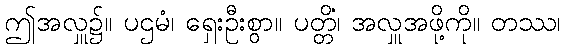
ဤအလှူ၌။ ပဌမံ၊ ရှေးဦးစွာ။ ပတ္တိံ၊ အလှူအဖို့ကို။ တဿ၊